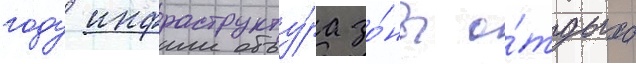
году инфраструкту́ра зо́ны о́тдыха